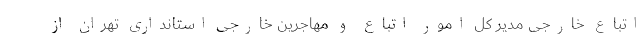
اتباع خارجی مدیر کل امور اتباع و مهاجرین خارجی استانداری تهران از